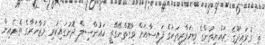
ތ ގުރައިދޫގެ ރައްޔިތުންގެ ވިޔަފާރިތަކުގެ ފައިސާއަށް ވާގޮތްނޭގޭތީ ކައުންސިލް ދޮށުގައިކުރި މުޒާހަރާގެ ތެރެއިން